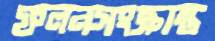
ফলনসংক্রান্ত